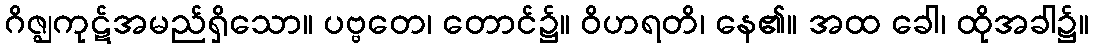
ဂိဇ္ဈကုဋ်အမည်ရှိသော။ ပဗ္ဗတေ၊ တောင်၌။ ဝိဟရတိ၊ နေ၏။ အထ ခေါ၊ ထိုအခါ၌။